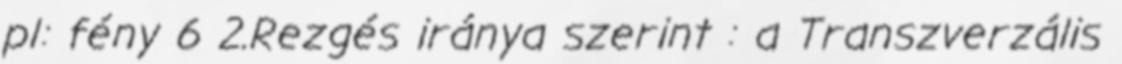
pl: fény 6 2.Rezgés iránya szerint : a Transzverzális